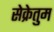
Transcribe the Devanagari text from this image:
सेक्रेतुम